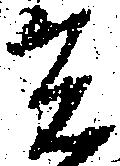
光